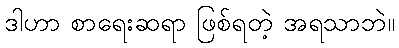
ဒါဟာ စာရေးဆရာ ဖြစ်ရတဲ့ အရသာဘဲ။